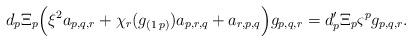
LaTeX: \begin{align*} d_p\Xi_p\Big(\xi^2a_{p,q,r}+\chi_{r}(g_{(1\,p)})a_{p,r,q}+a_{r,p,q}\Big)g_{p,q,r}= d'_p\Xi_p\varsigma^pg_{p,q,r}.\end{align*}